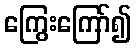
ကြွေးကြော်၍